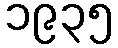
၁၉၃၅